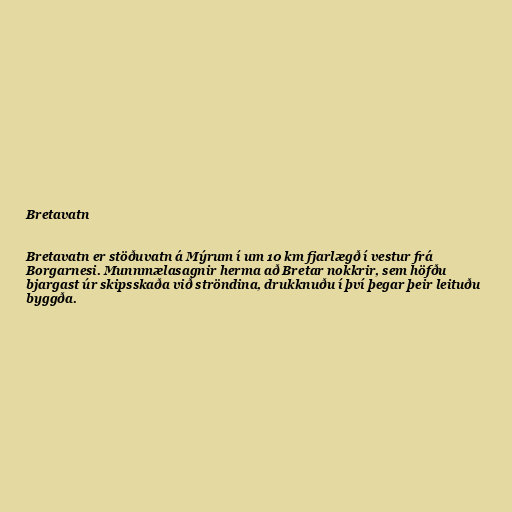
Bretavatn

Bretavatn er stöðuvatn á Mýrum í um 10 km fjarlægð í vestur frá
Borgarnesi. Munnmælasagnir herma að Bretar nokkrir, sem höfðu
bjargast úr skipsskaða við ströndina, drukknuðu í því þegar þeir leituðu
byggða.